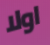
اولا